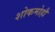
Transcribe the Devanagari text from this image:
शोकमोहौ